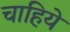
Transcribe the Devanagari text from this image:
चाहिये